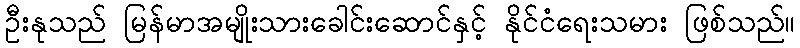
ဦးနုသည် မြန်မာအမျိုးသားခေါင်းဆောင်နှင့် နိုင်ငံရေးသမား ဖြစ်သည်။